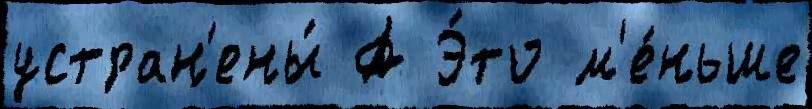
устран'ены́ А Э́то м'е́ньше